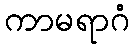
ကာမရာဂံ